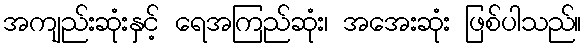
အကျည်းဆုံးနှင့် ရေအကြည်ဆုံး၊ အအေးဆုံး ဖြစ်ပါသည်။